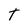
Character: T